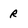
Character: r